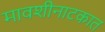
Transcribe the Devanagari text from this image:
मावशीनाटकात